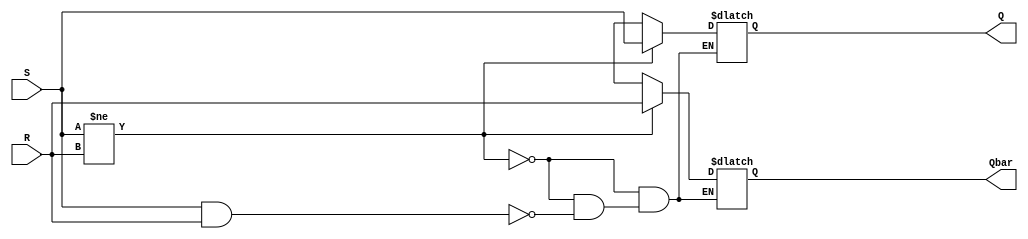
module SR_latch( S, R, Q, Qbar );

output reg Q;
output reg Qbar;

input S;
input R;

always @(*)
begin
  if( S != R) begin
    Q    = S;
    Qbar = R;
  end
  else if( S==1 && R==1 ) begin
    Q    = 1'bz;
    Qbar = 1'bz;
  end
 end

endmodule